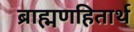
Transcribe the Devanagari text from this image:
ब्राह्मणहितार्थ